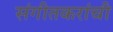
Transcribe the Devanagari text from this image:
संगीतकरांची